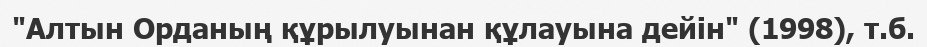
"Алтын Орданың құрылуынан құлауына дейін" (1998), т.б.